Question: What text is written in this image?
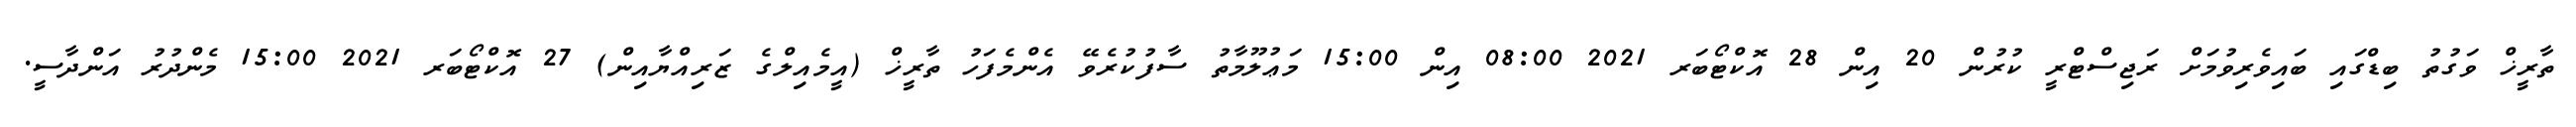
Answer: ތާރީޚް ވަގުތު ބިޑްގައި ބައިވެރިވުމަށް ރަޖިސްޓްރީ ކުރުން 20 އިން 28 އޮކްޓޯބަރ 2021 08:00 އިން 15:00 މަޢުލޫމާތު ސާފުކުރެވޭ އެންމެފަހު ތާރީޚް (އީމެއިލްގެ ޒަރިއްޔާއިން) 27 އޮކްޓޯބަރ 2021 15:00 މެންދުރު އަންދާސީ.